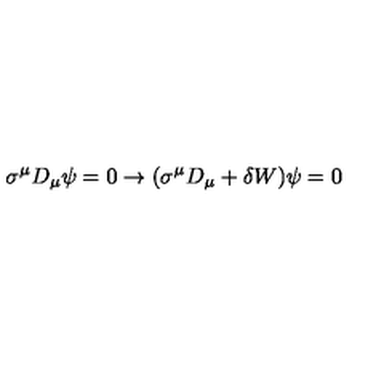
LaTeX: \sigma ^ { \mu } D _ { \mu } \psi = 0 \rightarrow ( \sigma ^ { \mu } D _ { \mu } + \delta W ) \psi = 0